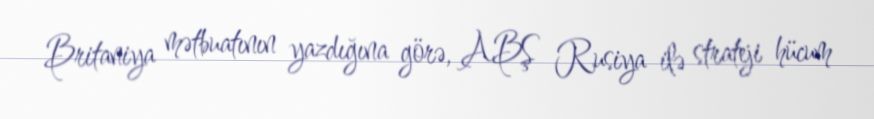
Britaniya mətbuatının yazdığına görə, ABŞ Rusiya ilə strateji hücum